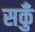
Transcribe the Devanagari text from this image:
सकुँ